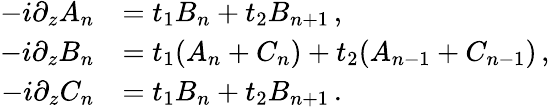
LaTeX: \begin{array}{rl}{-i\partial_{z}A_{n}}&{=t_{1}B_{n}+t_{2}B_{n+1}\, ,}\\ {-i\partial_{z}B_{n}}&{=t_{1}(A_{n}+C_{n})+t_{2}(A_{n-1}+C_{n-1})\, ,}\\ {-i\partial_{z}C_{n}}&{=t_{1}B_{n}+t_{2}B_{n+1}\, .}\end{array}